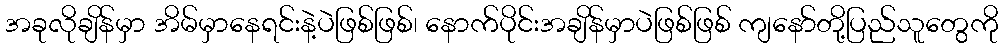
အခုလိုချိန်မှာ အိမ်မှာနေရင်းနဲ့ပဲဖြစ်ဖြစ်၊ နောက်ပိုင်းအချိန်မှာပဲဖြစ်ဖြစ် ကျနော်တို့ပြည်သူတွေကို